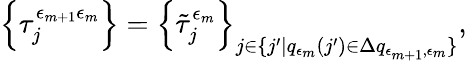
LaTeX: \left\{ \tau_{j}^{\epsilon_{m+1}\epsilon_{m}}\right\} =\left\{ \tilde{\tau}_{j}^{\epsilon_{m}}\right\} _{j\in\{ j^{\prime}|q_{\epsilon_{m}}(j^{\prime})\in\Delta q_{\epsilon_{m+1},\epsilon_{m}}\} },